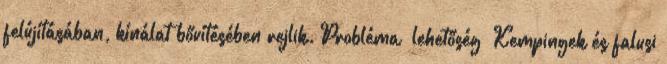
felújításában, kínálat bővítésében rejlik. Probléma lehetőség ▪Kempingek és falusi